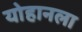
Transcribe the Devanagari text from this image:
योहानला